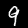
Label: 9